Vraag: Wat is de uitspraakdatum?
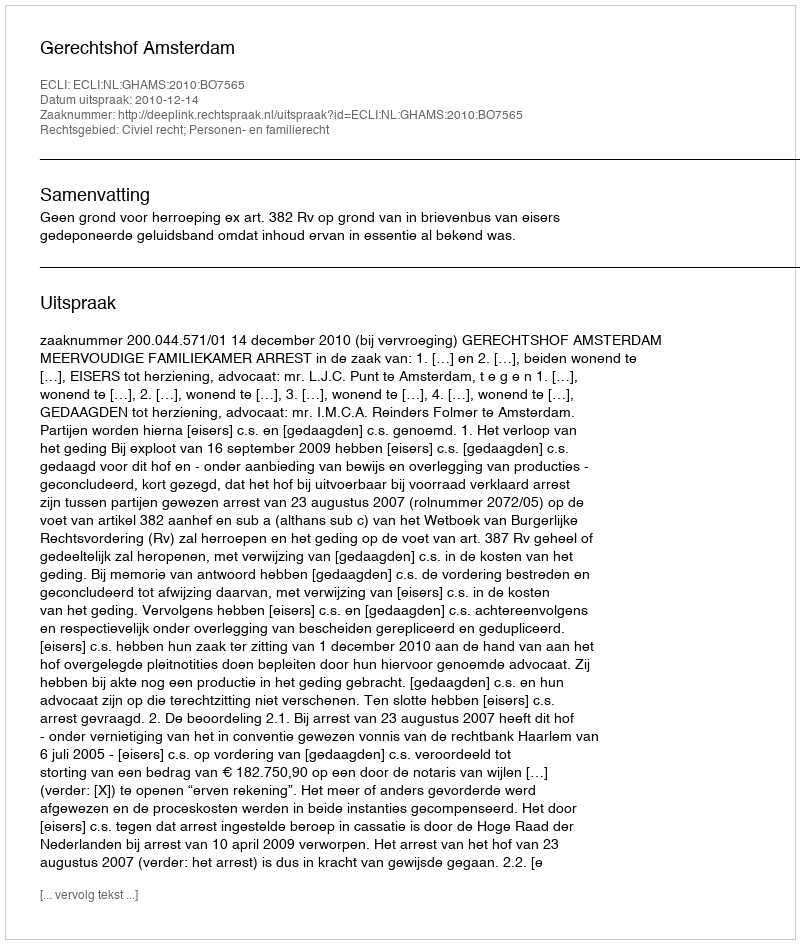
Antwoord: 2010-12-14